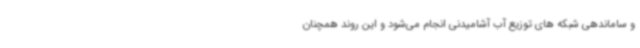
و ساماندهی شبکه های توزیع آب آشامیدنی انجام می‌شود و این روند همچنان